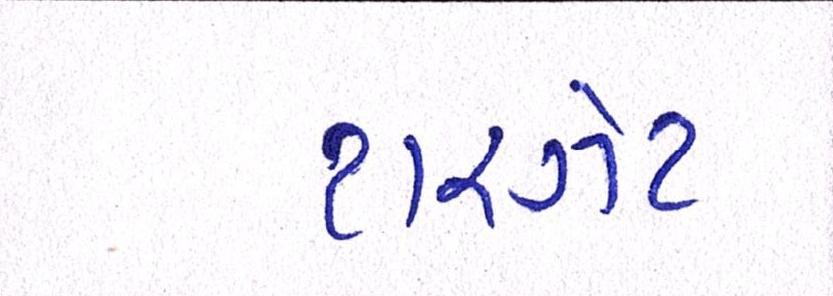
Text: ટારગેટ